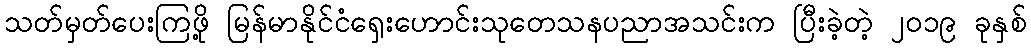
သတ်မှတ်ပေးကြဖို့ မြန်မာနိုင်ငံရှေးဟောင်းသုတေသနပညာအသင်းက ပြီးခဲ့တဲ့ ၂၀၁၉ ခုနှစ်